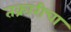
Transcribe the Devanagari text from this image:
तक्रारीचा